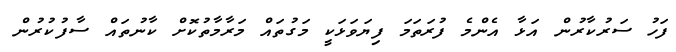
ފަހު ސަރުކާރުން އަޅާ އެންމެ ފުރަތަމަ ފިޔަވަޅަކީ މަގުތައް މަރާމާތުކޮށް ކާނުތައް ސާފުކުރުން